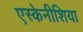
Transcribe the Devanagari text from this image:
एस्केनीशिया